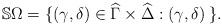
LaTeX: \begin{align*}\mathbb{S}\Omega=\{ (\gamma,\delta) \in \widehat{\Gamma}\times \widehat{\Delta} : (\gamma,\delta) \:\}.\end{align*}